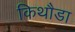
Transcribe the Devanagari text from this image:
किथौडा